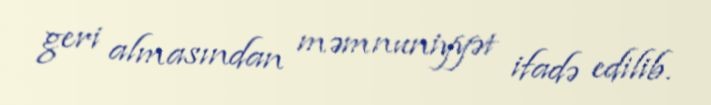
geri almasından məmnuniyyət ifadə edilib.